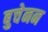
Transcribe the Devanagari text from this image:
बुचेनन